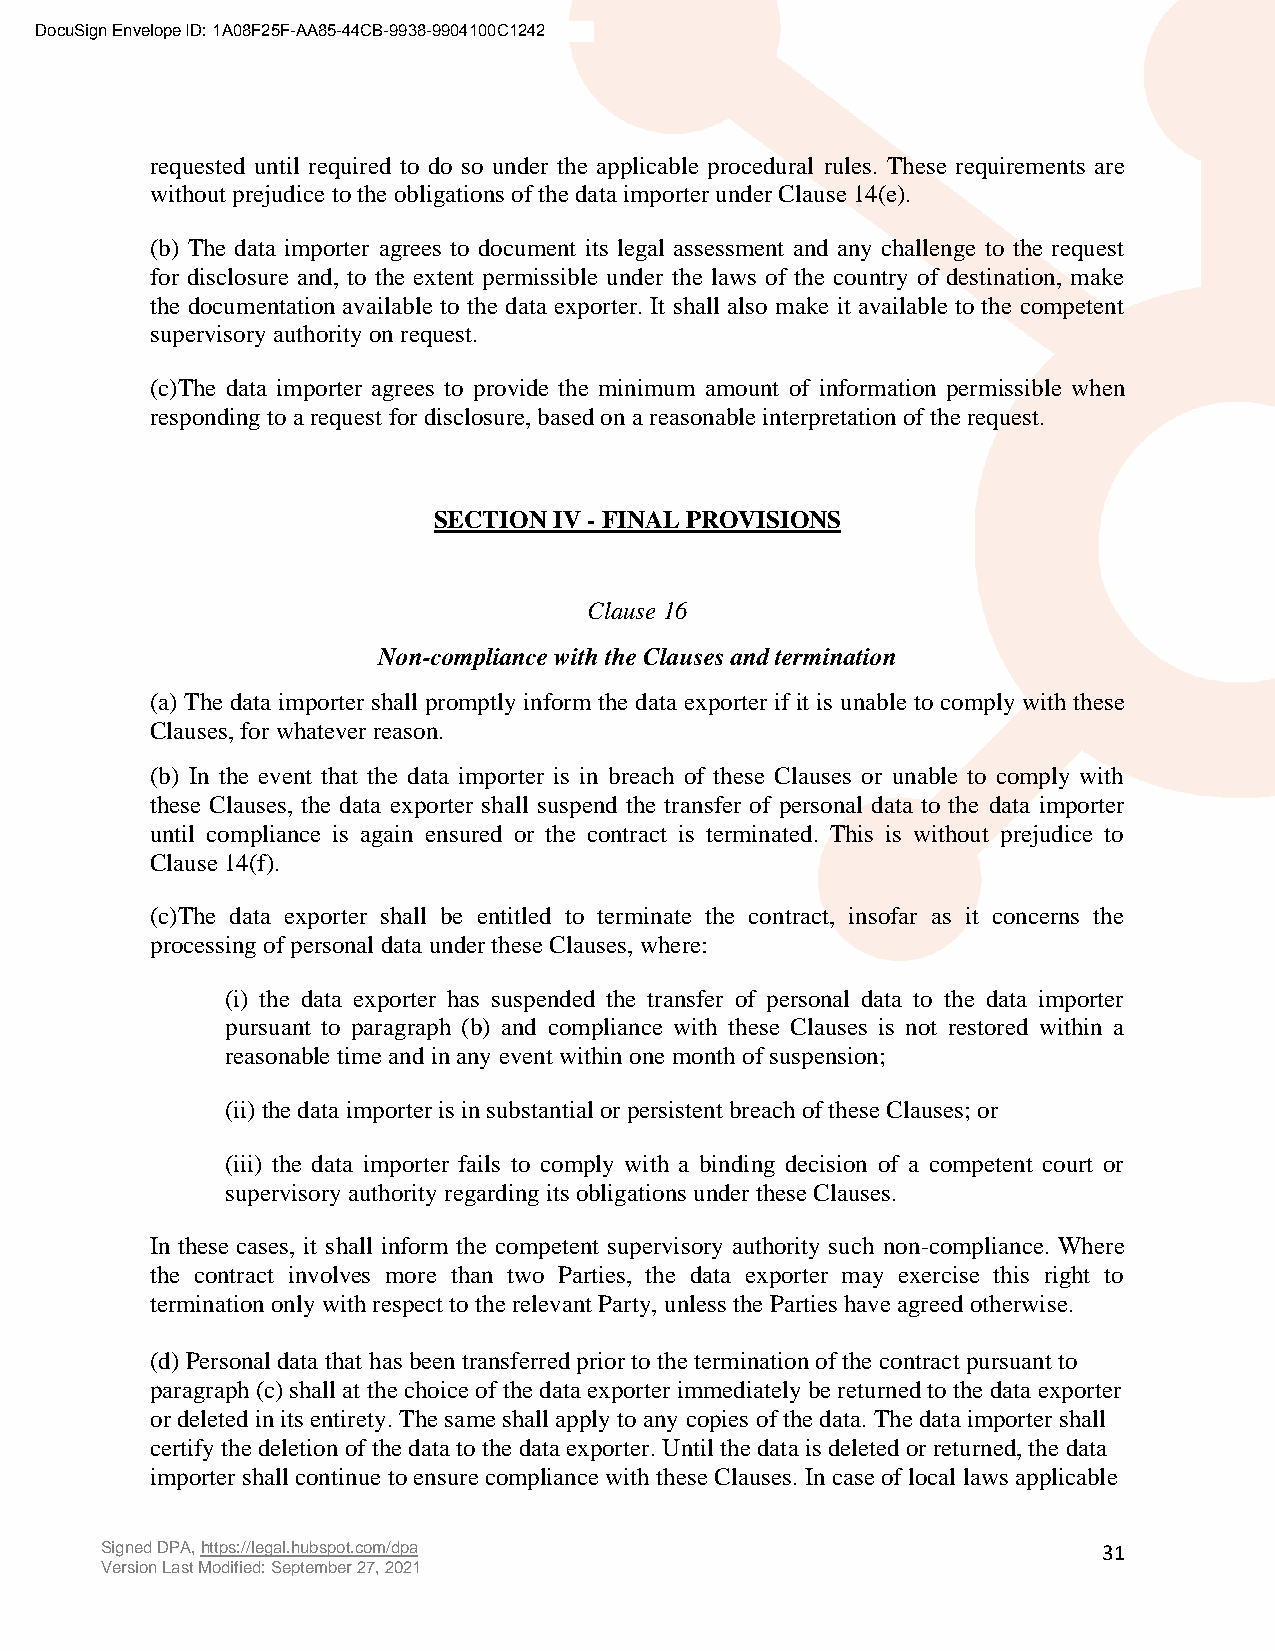
DocuSign Envelope ID: 1A08F25F-AA85-44CB-9938-9904100C1242
 requested until required to do so under the applicable procedural rules. These requirements are
 without prejudice to the obligations of the data importer under Clause 14(e).
 (b) The data importer agrees to document its legal assessment and any challenge to the request
 for disclosure and, to the extent permissible under the laws of the country of destination, make
 the documentation available to the data exporter. It shall also make it available to the competent
 supervisory authority on request.
 (c)The data importer agrees to provide the minimum amount of information permissible when
 responding to a request for disclosure, based on a reasonable interpretation of the request.
 SECTION IV - FINAL PROVISIONS
 Clause 16
 Non-compliance with the Clauses and termination
 (a) The data importer shall promptly inform the data exporter if it is unable to comply with these
 Clauses, for whatever reason.
 (b) In the event that the data importer is in breach of these Clauses or unable to comply with
 these Clauses, the data exporter shall suspend the transfer of personal data to the data importer
 until compliance is again ensured or the contract is terminated. This is without prejudice to
 Clause 14(f).
 (c)The data exporter shall be entitled to terminate the contract, insofar as it concerns the
 processing of personal data under these Clauses, where:
 (i) the data exporter has suspended the transfer of personal data to the data importer
 pursuant to paragraph (b) and compliance with these Clauses is not restored within a
 reasonable time and in any event within one month of suspension;
 (ii) the data importer is in substantial or persistent breach of these Clauses; or
 (iii) the data importer fails to comply with a binding decision of a competent court or
 supervisory authority regarding its obligations under these Clauses.
 In these cases, it shall inform the competent supervisory authority such non-compliance. Where
 the contract involves more than two Parties, the data exporter may exercise this right to
 termination only with respect to the relevant Party, unless the Parties have agreed otherwise.
 (d) Personal data that has been transferred prior to the termination of the contract pursuant to
 paragraph (c) shall at the choice of the data exporter immediately be returned to the data exporter
 or deleted in its entirety. The same shall apply to any copies of the data. The data importer shall
 certify the deletion of the data to the data exporter. Until the data is deleted or returned, the data
 importer shall continue to ensure compliance with these Clauses. In case of local laws applicable
 Signed DPA, https://legal.hubspot.com/dpa                         31
 Version Last Modified: September 27, 2021